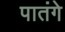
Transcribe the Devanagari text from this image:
पातंगे